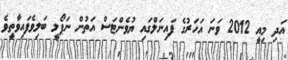
އަދި މިއީ 2012 ވަނަ އަހަރުގެ ފައިނަލްގައި ޔުވެންޓަސް އަތުން ނަޕޯލީ ބަލިވެފައިވާތީވެ